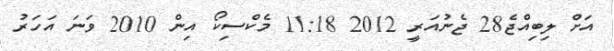
އަށް ލިބިއްޖެ28 ޖެނުއަރީ 2012 11:18 މެކްސިކޯ އިން 2010 ވަނަ އަހަރު